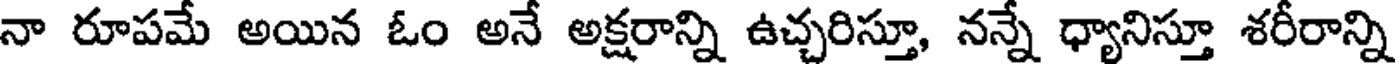
నా రూపమే అయిన ఓం అనే అక్షరాన్ని ఉచ్చరిస్తూ, నన్నే ధ్యానిస్తూ శరీరాన్ని